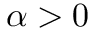
\alpha > 0